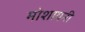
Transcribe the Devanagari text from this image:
मोशायनी